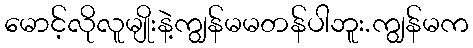
မောင့်လိုလူမျိုးနဲ့ကျွန်မမတန်ပါဘူး.ကျွန်မက